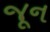
જૂૂન